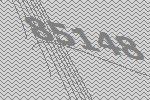
85148